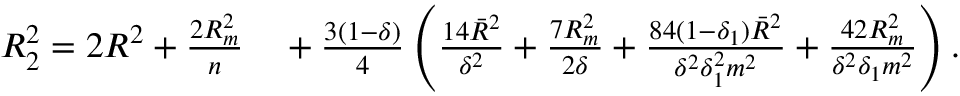
\begin{array} { r } { { \cal R } _ { 2 } ^ { 2 } = 2 R ^ { 2 } + \frac { 2 R _ { m } ^ { 2 } } { n } \quad + \frac { 3 ( 1 - \delta ) } { 4 } \left( \frac { 1 4 { \bar { R } } ^ { 2 } } { \delta ^ { 2 } } + \frac { 7 R _ { m } ^ { 2 } } { 2 \delta } + \frac { 8 4 ( 1 - \delta _ { 1 } ) { \bar { R } } ^ { 2 } } { \delta ^ { 2 } \delta _ { 1 } ^ { 2 } m ^ { 2 } } + \frac { 4 2 R _ { m } ^ { 2 } } { \delta ^ { 2 } \delta _ { 1 } m ^ { 2 } } \right) . } \end{array}